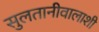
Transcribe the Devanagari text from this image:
सुलतानीवालाशी